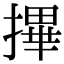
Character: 𢳂